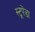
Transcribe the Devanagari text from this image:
स्टूपेंडा